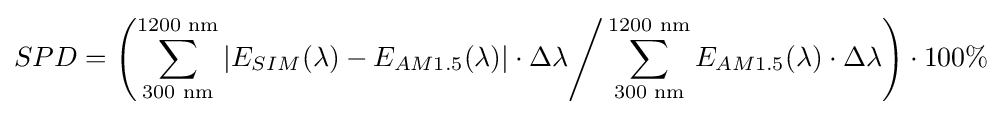
SPD=\left(\sum _{\text{300 nm}}^{\text{1200 nm}}|E_{SIM}(\lambda )-E_{AM1.5}(\lambda )|\cdot \Delta \lambda {\Bigg /}\sum _{\text{300 nm}}^{\text{1200 nm}}E_{AM1.5}(\lambda )\cdot \Delta \lambda \right)\cdot 100\%